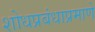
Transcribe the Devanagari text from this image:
शोधप्रबंधाप्रमाणे